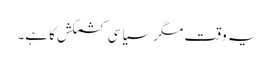
یہ وقت مگر سیاسی کشمکش کا ہے۔